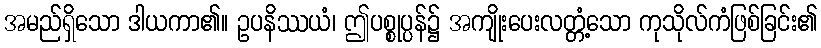
အမည်ရှိသော ဒါယကာ၏။ ဥပနိဿယံ၊ ဤပစ္စုပ္ပန်၌ အကျိုးပေးလတ္တံ့သော ကုသိုလ်ကံဖြစ်ခြင်း၏